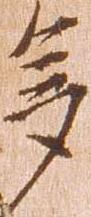
多